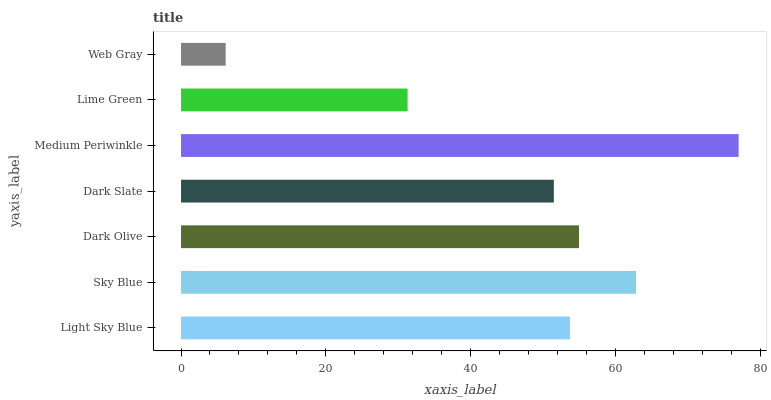
| yaxis_label | bars |
 | --- | --- |
 | Light Sky Blue | 53.7 |
 | Sky Blue | 62.9 |
 | Dark Olive | 55 |
 | Dark Slate | 51.5 |
 | Medium Periwinkle | 77 |
 | Lime Green | 31.3 |
 | Web Gray | 6.16 |